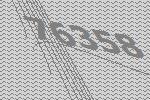
76358